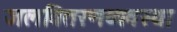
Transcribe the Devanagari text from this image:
जलवितरणव्यवस्था